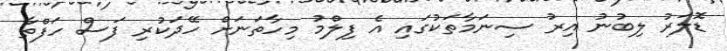
ޑޮލަރު ލިބުނު އިރު ސިނަމާތަކުގައި އެ ފިލްމު މިހާތަނަށް ހޭދަކުރި ފަސް ހަފްތާ